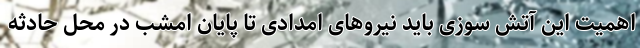
اهمیت این آتش سوزی باید نیروهای امدادی تا پایان امشب در محل حادثه